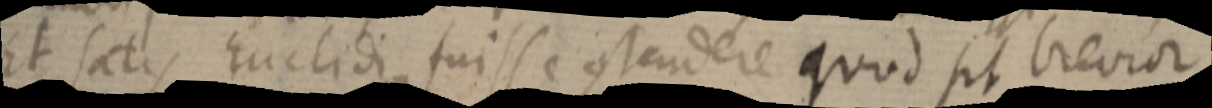
Et satis Euclidi fuisse ostendere quod sit brevior